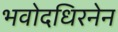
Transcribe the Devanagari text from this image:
भवोदधिरनेन